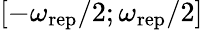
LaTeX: [-\omega_{\mathrm{rep}}/2;\omega_{\mathrm{rep}}/2]